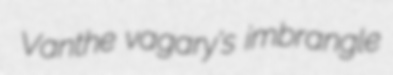
Vanthe vagary's imbrangle